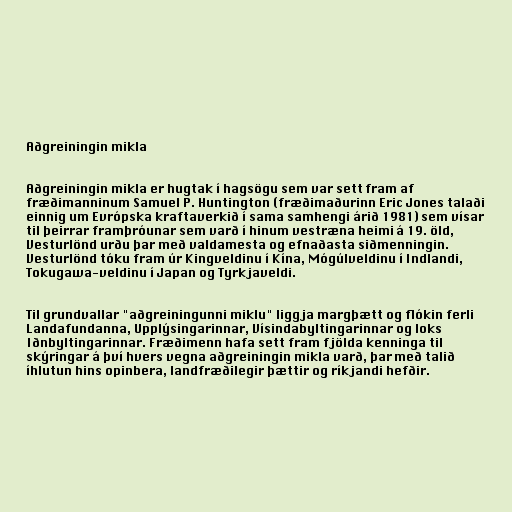
Aðgreiningin mikla

Aðgreiningin mikla er hugtak í hagsögu sem var sett fram af
fræðimanninum Samuel P. Huntington (fræðimaðurinn Eric Jones talaði
einnig um Evrópska kraftaverkið í sama samhengi árið 1981) sem vísar
til þeirrar framþróunar sem varð í hinum vestræna heimi á 19. öld,
Vesturlönd urðu þar með valdamesta og efnaðasta siðmenningin.
Vesturlönd tóku fram úr Kingveldinu í Kína, Mógúlveldinu í Indlandi,
Tokugawa-veldinu í Japan og Tyrkjaveldi.

Til grundvallar "aðgreiningunni miklu" liggja margþætt og flókin ferli
Landafundanna, Upplýsingarinnar, Vísindabyltingarinnar og loks
Iðnbyltingarinnar. Fræðimenn hafa sett fram fjölda kenninga til
skýringar á því hvers vegna aðgreiningin mikla varð, þar með talið
íhlutun hins opinbera, landfræðilegir þættir og ríkjandi hefðir.